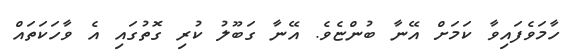
ހާމަވެފައިވާ ކަމަށް އޭނާ ބުންޏެވެ. އޭނާ ގަބޫލު ކުރި ގޮތުގައި އެ ވާހަކަތައް